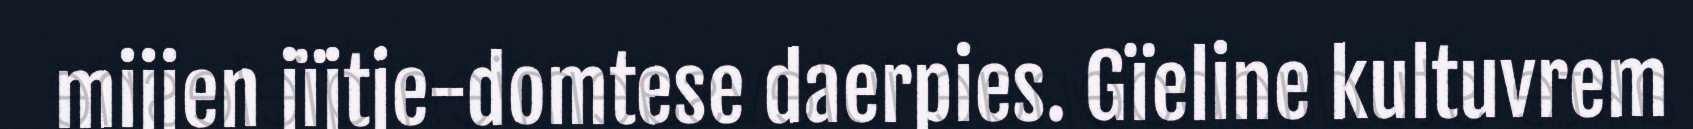
mijjen jïjtje-domtese daerpies. Gïeline kultuvrem